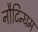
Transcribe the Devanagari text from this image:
नौटिन्घम